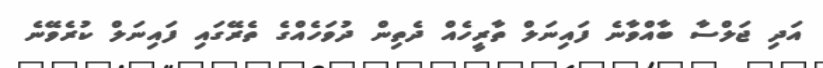
އަދި ޖަލްސާ ބާއްވާނެ ފައިނަލް ތާރީހެއް ދެތިން ދުވަހެއްގެ ތެރޭގައި ފައިނަލް ކުރެވޭނެ